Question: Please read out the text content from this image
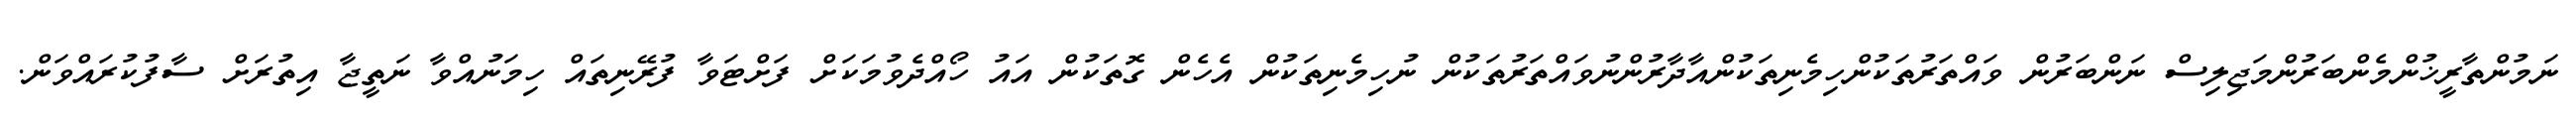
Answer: ނަމުންތާރީޚުންމެންބަރުންމަޖިލިސް ނަންބަރުން ވައްތަރުތަކުންހިމެނިތަކުންއާދާރުންނުވައްތަރުތަކުން ނުހިމެނިތަކުން އެހެން ގޮތަކުން އައު ހޯއްދެވުމަކަށް ފަށްޓަވާ ފުރޭނިތައް ހިމަނުއްވާ ނަތީޖާ އިތުރަށް ސާފުކުރައްވަން.